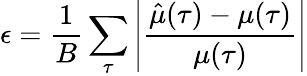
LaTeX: \epsilon=\frac{1}{B}\sum_{\tau}\left|\frac{\hat{\mu}(\tau)-\mu(\tau)}{\mu(\tau)}\right|